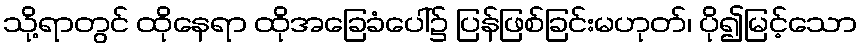
သို့ရာတွင် ထိုနေရာ ထိုအခြေခံပေါ်၌ ပြန်ဖြစ်ခြင်းမဟုတ်၊ ပို၍မြင့်သော